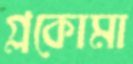
গ্লকোমা